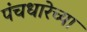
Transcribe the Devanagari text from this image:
पंचधारेच्या